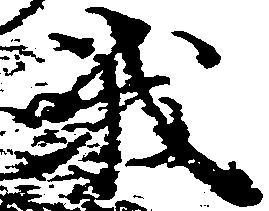
峨